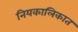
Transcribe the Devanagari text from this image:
नियकालिकात